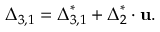
{ { \boldsymbol { \Delta } } _ { 3 , 1 } } = { \boldsymbol { \Delta } } _ { 3 , 1 } ^ { * } + { \boldsymbol { \Delta } } _ { 2 } ^ { * } \cdot { \bf { u } } .